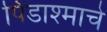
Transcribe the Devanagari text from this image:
पिंडाश्माचे